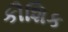
કૌશિક